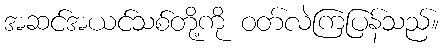
အဆင်အယင်သစ်တို့ကို ဝတ်လဲကြပြန်သည်။